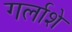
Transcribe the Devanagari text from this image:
गर्लाशे